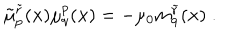
\tilde { \mu } _ { p } ^ { \tilde { r } } ( { \bf x } ) \mu _ { q } ^ { p } ( { \bf x } ) = - \mu _ { 0 } m _ { q } ^ { \tilde { r } } ( { \bf x } ) \; .